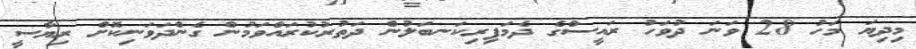
މިދިޔަ މަހު 28 ވަނަ ދުވަހު ރައީސްގެ ދެމަފިރިކަނބަލުން ދަތުރުކުރައްވަމުން ގެންދަވަނިކޮށް ރިޔާސީ